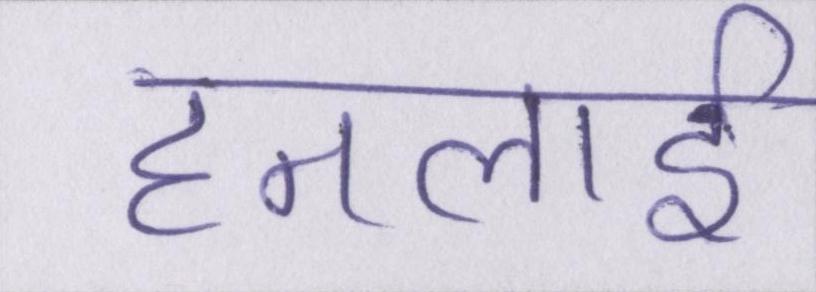
हनलाई